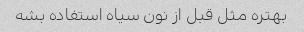
بهتره مثل قبل از نون سیاه استفاده بشه